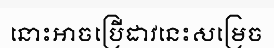
នោះអាចប្រើដាវនេះសម្រេច